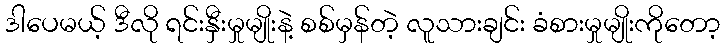
ဒါပေမယ့် ဒီလို ရင်းနှီးမှုမျိုးနဲ့ စစ်မှန်တဲ့ လူသားချင်း ခံစားမှုမျိုးကိုတော့